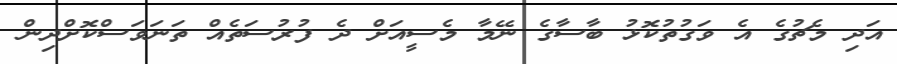
އަދި މެޗުގެ އެ ވަގުތުކޮޅު ބާސާގެ ނޭމާ މެސީއަށް ދެ ފުރުސަތެއް ތަނަވަސްކޮށްދިން